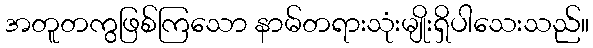
အတူတကွဖြစ်ကြသော နာမ်တရားသုံးမျိုးရှိပါသေးသည်။